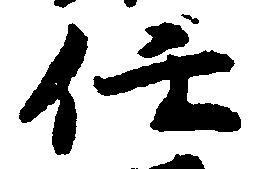
任